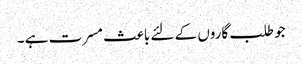
جو طلب گاروں کے لئے باعث مسرت ہے ۔